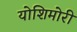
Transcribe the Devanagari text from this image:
योशिमोरी